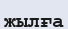
жылға